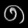
Digit: ၈